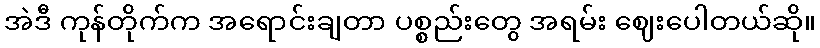
အဲဒီ ကုန်တိုက်က အရောင်းချတာ ပစ္စည်းတွေ အရမ်း ဈေးပေါတယ်ဆို။